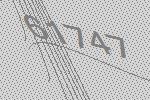
61747